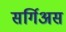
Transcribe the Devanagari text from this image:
सर्गिअस